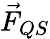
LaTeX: \vec{F}_{QS}